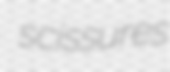
scissures